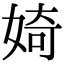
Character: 婍